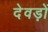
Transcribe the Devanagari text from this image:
देवड़ों